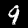
Label: 9